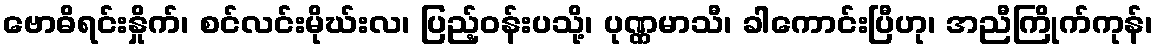
ဗောဓိရင်းနှိုက်၊ စင်လင်းမိုဃ်းလ၊ ပြည့်ဝန်းပသို့၊ ပုဏ္ဏမာသီ၊ ခါကောင်းပြီဟု၊ အညီကြိုက်ကုန်၊